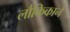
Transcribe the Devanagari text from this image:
लौकिकाने